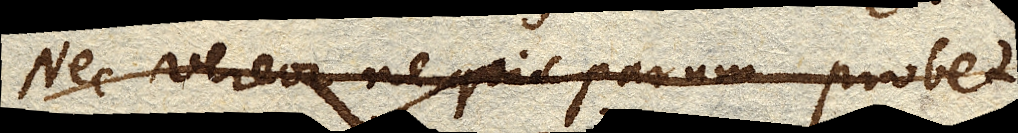
Nec vereor ne quis parum probet